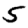
Digit: 5